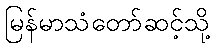
မြန်မာသံတော်ဆင့်သို့